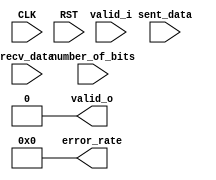

module ber
  (
   input         CLK,
   input         RST,

   input         valid_i,
   input [7:0]   sent_data,
   input [7:0]   recv_data,
   input [3:0]   number_of_bits,

   output        valid_o, 
   output [31:0] error_rate
   );
   
   assign valid_o = 1'b0;
   assign error_rate = 32'h0;

endmodule